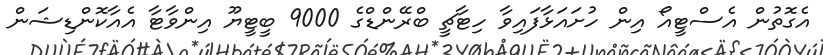
އެގޮތުން އެސްޓީއޯ އިން ހުށައަޅާފައިވާ ހިޓާޗީ ބްރޭންޑްގެ 9000 ބީޓީޔޫ އިންވާޓާ އެއާކޮންޑިޝަން